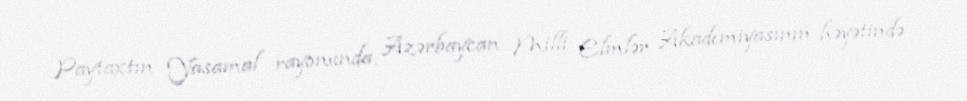
Paytaxtın Yasamal rayonunda, Azərbaycan Milli Elmlər Akademiyasının həyətində